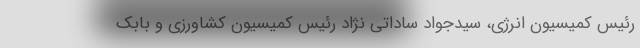
رئیس کمیسیون انرژی، سیدجواد ساداتی نژاد رئیس کمیسیون کشاورزی و بابک